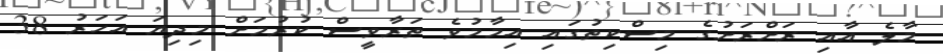
މާލެ އާއި ރަށްރަށުގެ މިސްކިތުގައި އިމާމުވެ ތަރާވީސް ކުރުމަށް މިދިޔަ އަހަރު 38